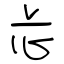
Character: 忐